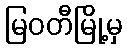
မြဝတီမြို့မှ